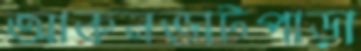
আকনভাটপাড়া